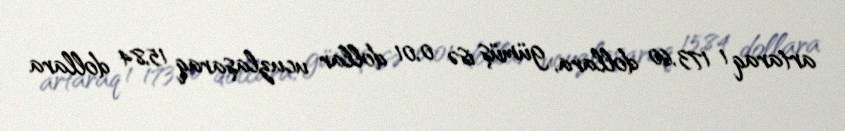
artaraq 1 173,60 dollara, gümüş isə 0,01 dollar ucuzlaşaraq 15,84 dollara